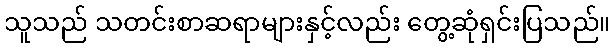
သူသည် သတင်းစာဆရာများနှင့်လည်း တွေ့ဆုံရှင်းပြသည်။